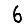
Digit: 6